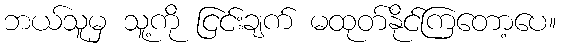
ဘယ်သူမှ သူ့ကို ငြင်းချက် မထုတ်နိုင်ကြတော့ပေ။